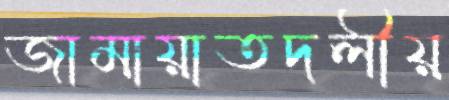
জামায়াতদলীয়